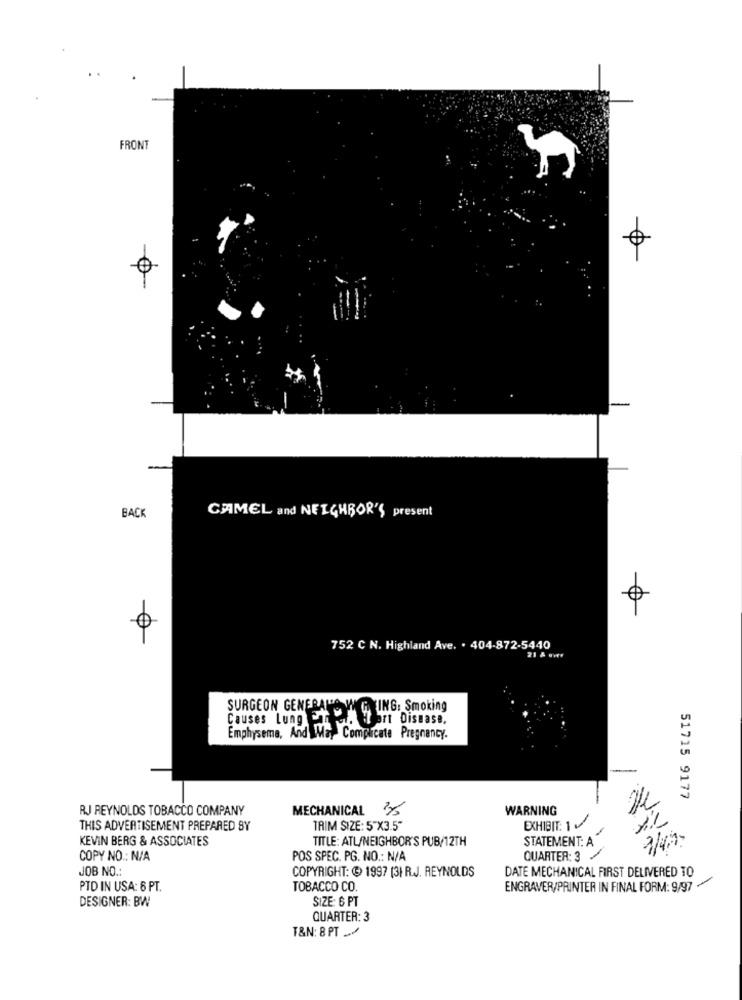
FRONT
CAMEL and NEIGHBOR'S present
BACK
752 C N. Highland Ave. . 404-872-5440
21 & Bve
SURGEON GENERALIS W
15 ING: Smoking
Causes Lung ETC. tort Disease.
Emphysema, And MAY
Ma Complicate Pregnancy.
51715 9177
RJ REYNOLDS TOBACCO COMPANY
MECHANICAL 225
WARNING
THIS ADVERTISEMENT PREPARED BY
TRIM SIZE: 5"X3.5"
EXHIBIT: 1
KEVIN BERG & ASSOCIATES
TITLE: ATL/NEIGHBOR'S PUB/12TH
STATEMENT: A
COPY NO .: N/A
POS SPEC. PG. NO .: N/A
QUARTER: 3
JOB NO .:
COPYRIGHT: @ 1997 (3) R.J. REYNOLDS
DATE MECHANICAL FIRST DELIVERED TO
PID IN USA: 6 PT.
TOBACCO CO.
ENGRAVER/PRINTER IN FINAL FORM: 9/97 .
DESIGNER: BW
SIZE: 6 PT
QUARTER: 3
T&N: 8 PT _